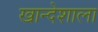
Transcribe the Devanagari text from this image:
खान्देशाला